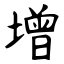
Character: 增